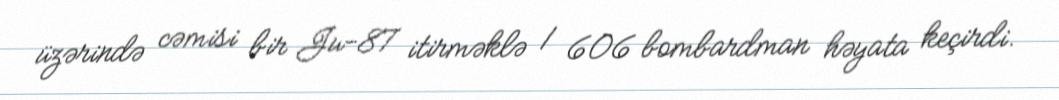
üzərində cəmisi bir Ju-87 itirməklə 1 606 bombardman həyata keçirdi.